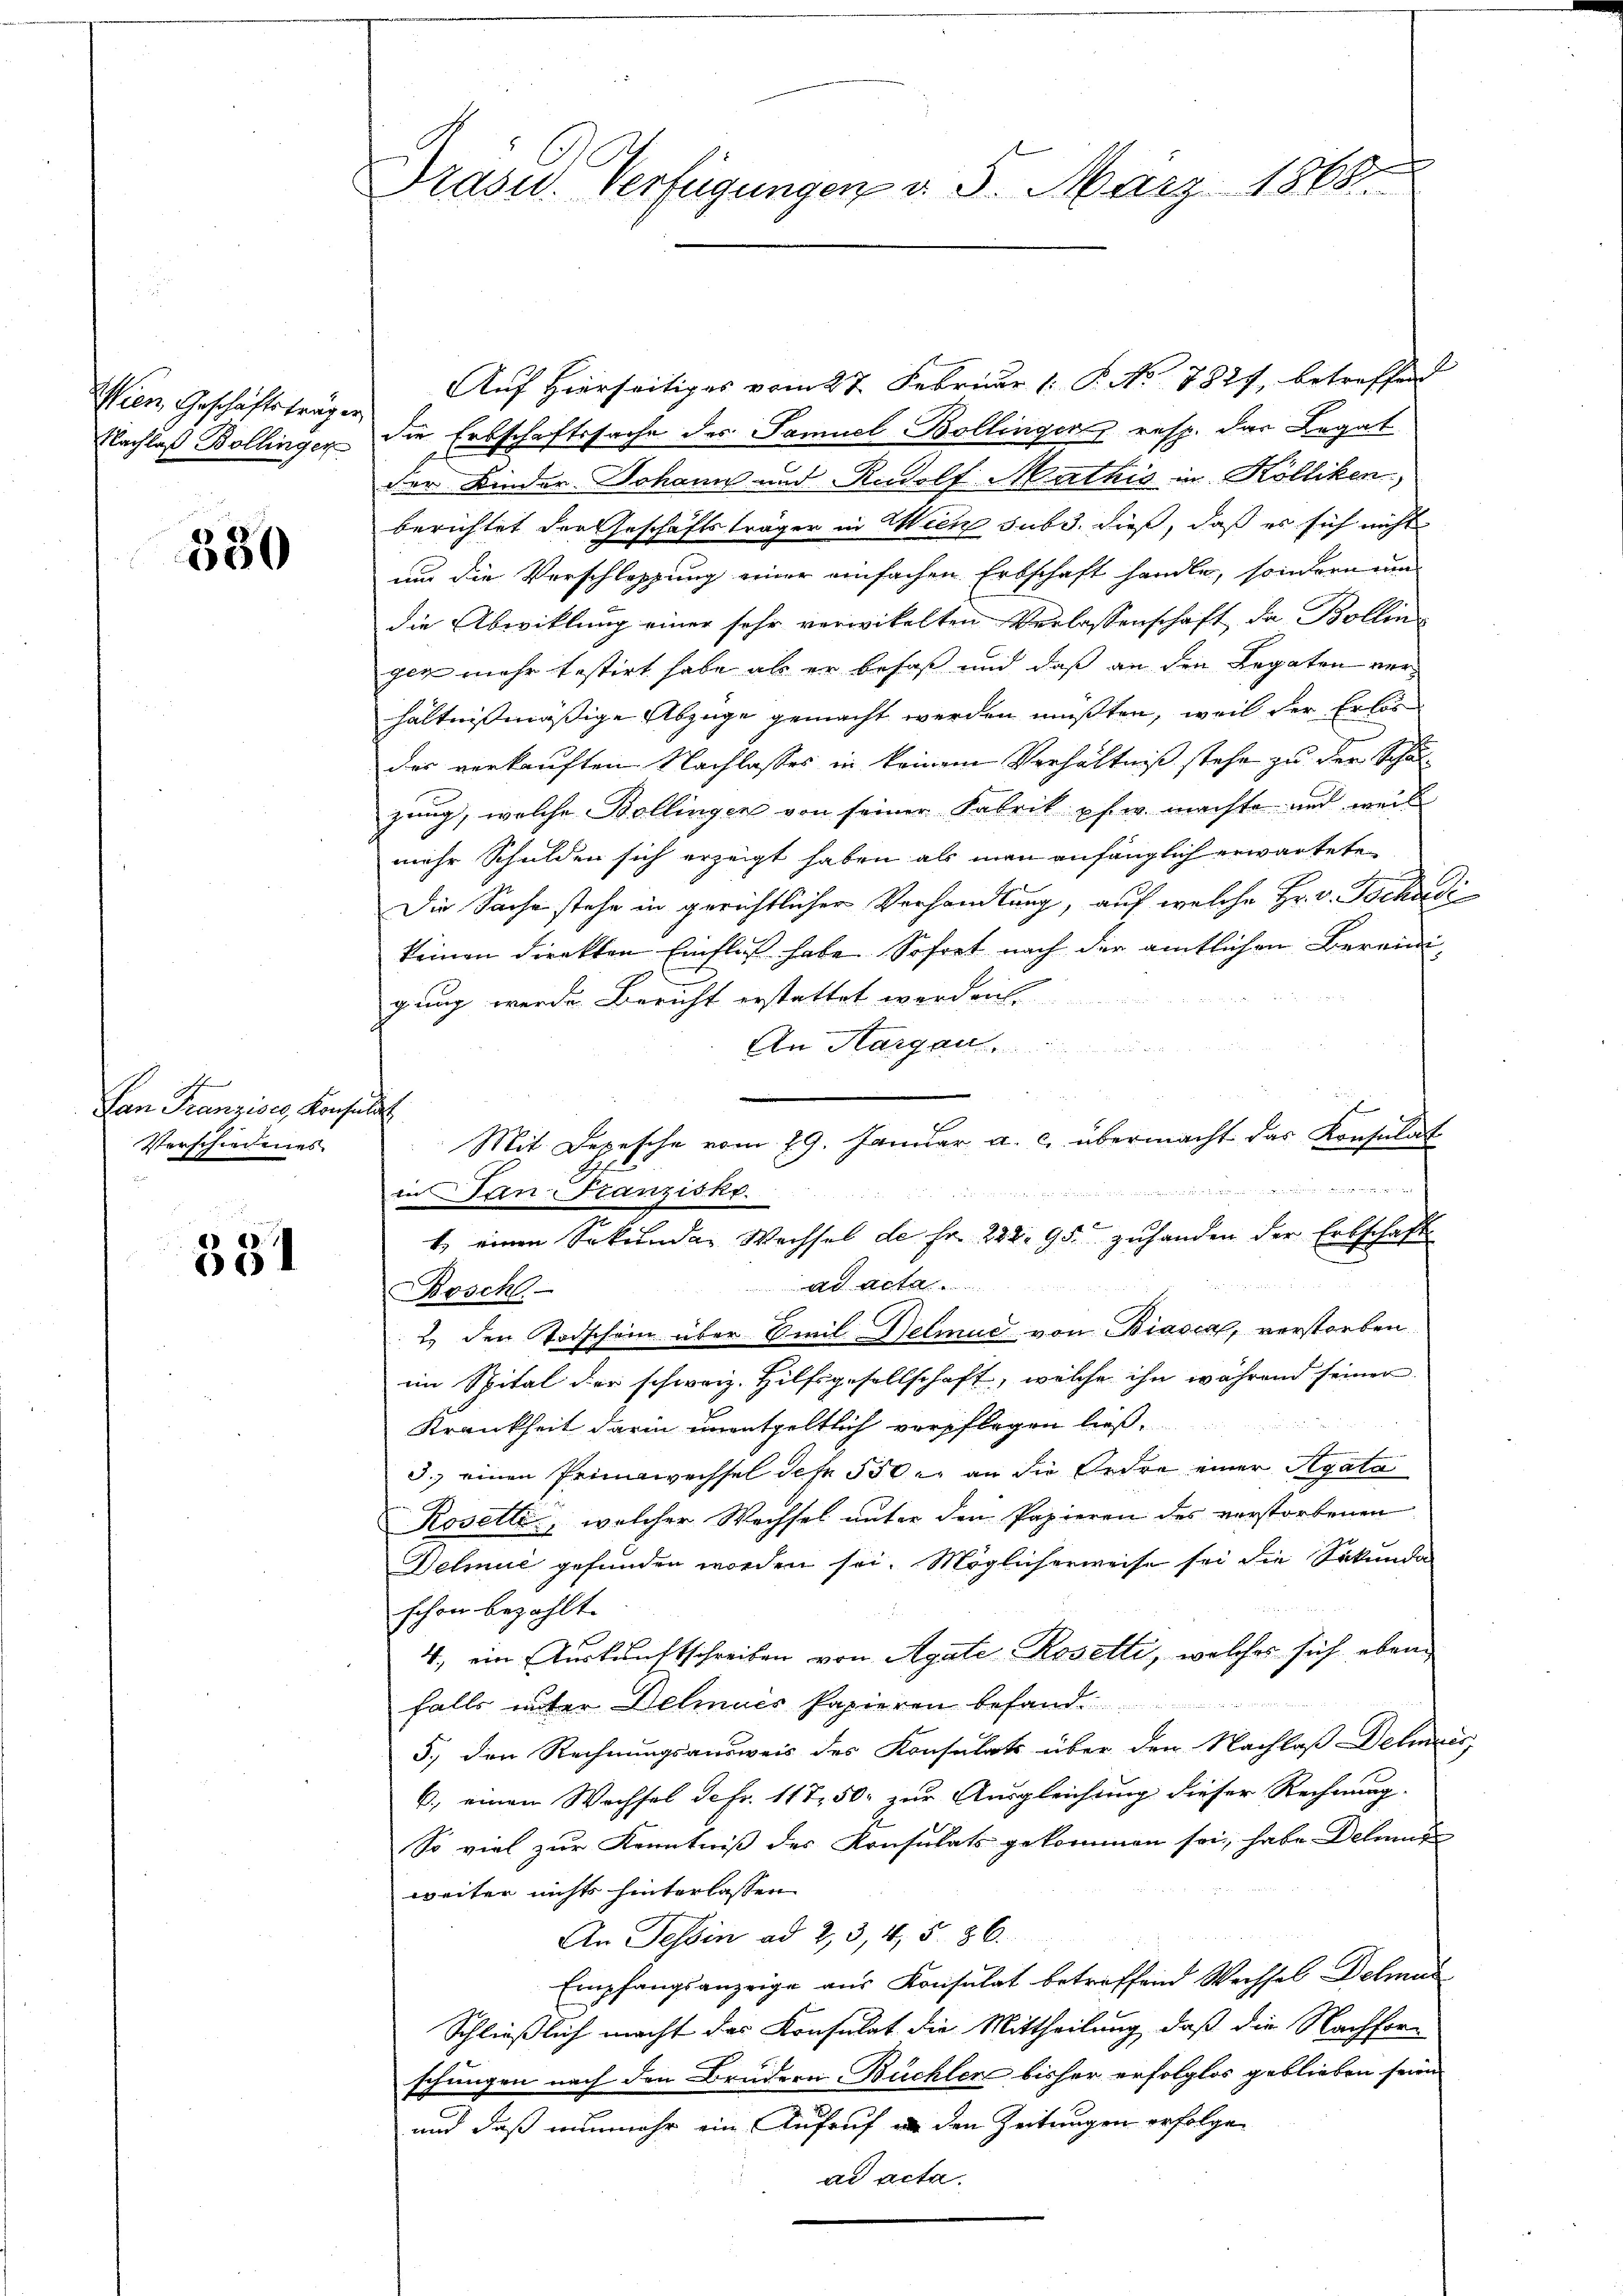
Wien Geschäftsträger
Nachlaß Bollinger

330

Lan Franzises, Konsult
Verschiedenes

351

Prasid. Verfügungen d. 5. März 1865.

Auf Hierseitiges vom 27. Februar (: P. No 782, betreffen
die Erbschaftssache des Samuel-Bollinger resp. das Legat
der Kinder Johann und Rudolf Mathis in Kölliken
berichtet der Geschäftsträger in Wien sub 3. dieß, daß es sich nicht
um die Vorschleppung einer einfachen Erbschaft handle, sondern um
die Abwicklung einer sehr verwikelten Verlassenschaft, da Bollin
gen mehr festirt habe als er besaß und daß an den Legaten verhältnissmässige Abzüge gemacht werden müßten, weil der Erlös
des verkauften Nachlasses in keinem Verhältniß stehe zu der Schulzung, welche Bollingen von seiner Fabrik pfer machte und weil
mehr Schulden sich erzeigt haben als man anfänglich erwartete
Die Sache stehe in gerichtlicher Verhandlung, auf welche Hr. v. Tschuldi
keinen direkten Einfluß habe Sofort nach der amtlichen Bereini
gung werde Bericht erstattet werden.
An Thurgau
Mit Depesche vom 29. Januar a. c. übermacht das Konsulat
 h i

in Frn-Franzisko.
F
t) einen Sekunden Wechsel de fr. 222. 95. zuhanden der Erbschaft
Ad Acta
osch
2. den Todschein über Emil Belmue von Biasca, verstorben.
im Spital der schweiz. Hilfsgesellschaft, welche ihn während seiner
Krankheit darin unentgeltlich verpflegen ließ.
5.) einen Primawechsel defe 550 r. an die Ordre einer Agata
Rosette, welcher Wechsel unter den Papieren des verstorbenen
Delmuć gefunden worden sei. Möglicherweise sei die Sekunda
schon bezahlt.
4, ein Auskunftschreiben von Agate Rosetti, welches sich ebenfalls unter Belmues Papieren befand
5., den Rechnungsausweis des Konsulats über den Nachlaß Delmeis
6., einen Wechsel defr. 11 750. zur Ausgleichung dieser Rechnung.
So viel zur Kenntniß des Konsulats gekommen sei, habe Delinde
weiter nichts hinterlassen
An Tessin ad 2, 3, 4, 5. 86.
Empfangsanzeige aus Konsulat betreffend Wechsel Dehmun
Schließlich macht das Konsulat die Mittheilung, daß die Nachforschungen nach den Brudern Büchler bisher erfolglos geblieben seien
und daß nunmehr ein Aufruf an den Zeitungen erfolgen
ad acta.